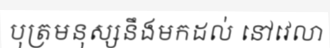
បុត្រមនុស្សនឹងមកដល់ នៅវេលា